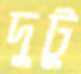
দুটু